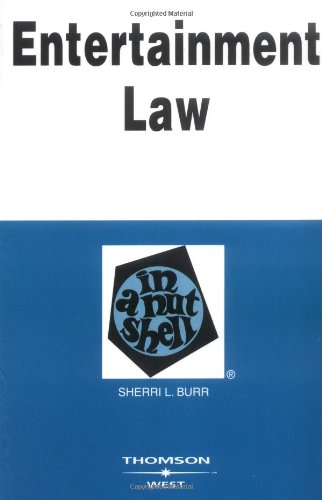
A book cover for Entertainment Law in a Nutshell (Nutshell Series) (In a Nutshell (West Publishing)); Sheri L. Burr; Law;